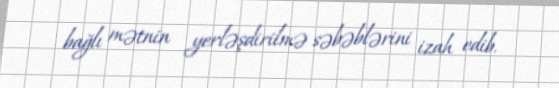
bağlı mətnin yerləşdirilmə səbəblərini izah edib.